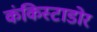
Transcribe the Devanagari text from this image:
कंकिस्टाडोर